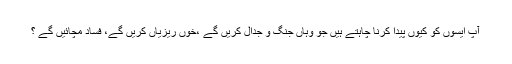
آپ ایسوں کو کیوں پیدا کرنا چاہتے ہیں جو وہاں جنگ و جدال کریں گے ،خوں ریزیاں کریں گے، فساد مچائیں گے ؟